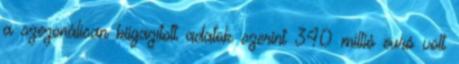
a szezonálisan kiigazított adatok szerint 340 millió euró volt